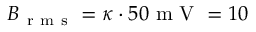
B _ { \mathrm { ~ r ~ m ~ s ~ } } = \kappa \cdot 5 0 \mathrm { ~ m ~ V ~ } = 1 0